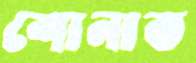
শোনাত